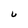
Character: u